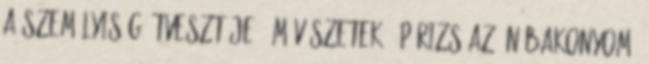
A személyiség útvesztője 0 Művészetek: „Párizs az én Bakonyom”